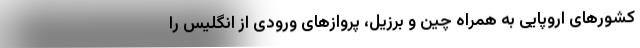
کشورهای اروپایی به همراه چین و برزیل، پروازهای ورودی از انگلیس را